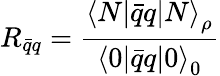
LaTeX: R_{\bar{q}q}=\frac{{{\langle N|\bar{q}q|N\rangle}_{\rho}}}{{\langle 0|\bar{q}q|0\rangle}_{0}}